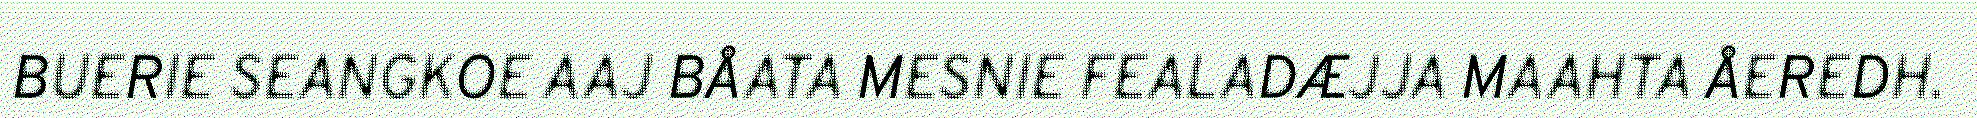
BUERIE SEANGKOE AAJ BÅATA MESNIE FEALADÆJJA MAAHTA ÅEREDH.